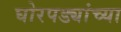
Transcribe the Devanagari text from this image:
घोरपड्यांच्या